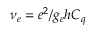
\nu _ { e } = e ^ { 2 } / g _ { e } h C _ { q }